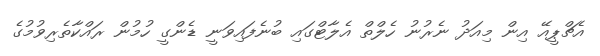
އެޗްޕީއޭ އިން މިއަދު ނެރުނު ހެލްތް އެލާޓްގައި ބުނެފައިވަނީ ޑެންގީ ހުމުން ރައްކާތެރިވުމުގެ